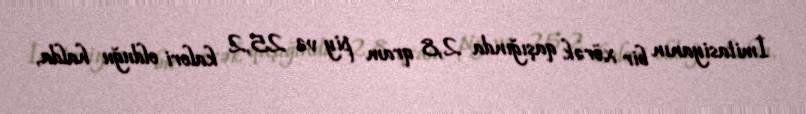
İmitasiyanın bir xörək qaşığında 2,8 qram piy və 25,2 kalori olduğu halda,